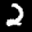
Label: 2